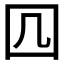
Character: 𭍚